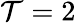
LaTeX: \mathcal{T}=2